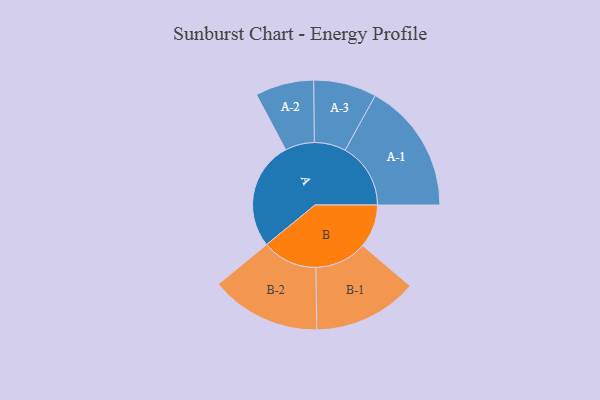
{"axis": {"x": "Segment", "y": "Value"}, "legend": ["", "A", "B"], "data": [{"x": "A", "y": 482, "type": ""}, {"x": "B", "y": 192, "type": ""}, {"x": "A-1", "y": 291, "type": "A"}, {"x": "A-2", "y": 130, "type": "A"}, {"x": "A-3", "y": 140, "type": "A"}, {"x": "B-1", "y": 232, "type": "B"}, {"x": "B-2", "y": 245, "type": "B"}]}